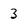
Character: 3